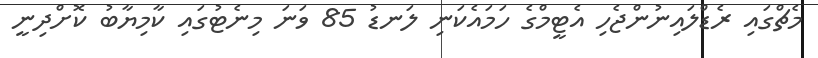
މެޗްގައި ރެޑްލައިނުންޖެހި އެޓީމްގެ ހަމައެކަނި ލަނޑު 85 ވަނަ މިނެޓުގައި ކާމިޔާބު ކޮށްދިނީ